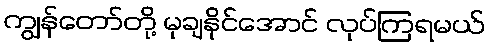
ကျွန်တော်တို့ မုချနိုင်အောင် လုပ်ကြရမယ်